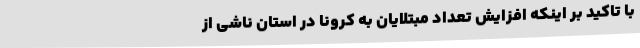
با تاکید بر اینکه افزایش تعداد مبتلایان به کرونا در استان ناشی از